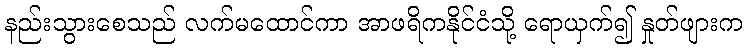
နည်းသွားစေသည် လက်မထောင်ကာ အာဖရိကနိုင်ငံသို့ ရောယှက်၍ နှုတ်ဖျားက